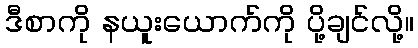
ဒီစာကို နယူးယောက်ကို ပို့ချင်လို့။